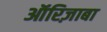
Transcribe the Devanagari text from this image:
ऑरिज़ाबा